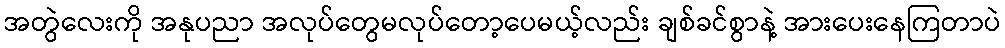
အတွဲလေးကို အနုပညာ အလုပ်တွေမလုပ်တော့ပေမယ့်လည်း ချစ်ခင်စွာနဲ့ အားပေးနေကြတာပဲ